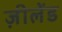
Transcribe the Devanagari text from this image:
ज़ीलेंड